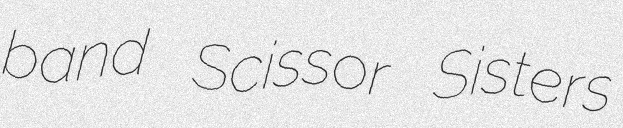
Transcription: band Scissor Sisters